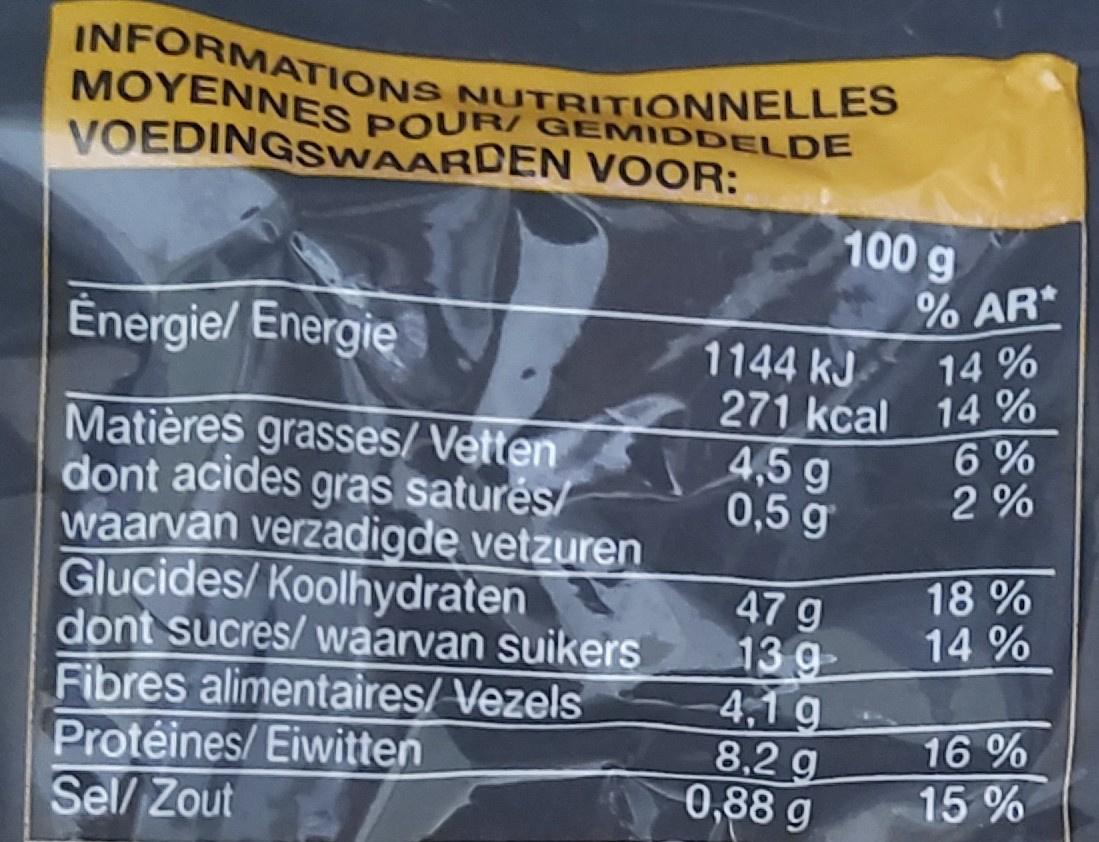
INFORMATIONS NUTRITIONNELLES MOYENNES POUR/ GEMIDDELDE
VOEDINGSVWAARDEN VOOR:
100 g
% AR*
Energie/ Energie
1144 kJ 271 kcal 14 % 4,5 g 0,5 g
14 %
6 % 2 %
Matières grasses/ Vetten dont acides gras satures/ waarvan verzadigde vetzuren Glucides/ Koolhydraten dont sucres/ waarvan suikers Fibres alimentaires/ Vezels Protéines/ Eiwitten Sel/ Zout
18 % 14 %
47 g 13 g 4,1 g 8,2 g 0,88 g
16 %
15 %